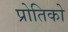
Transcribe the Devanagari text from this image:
प्रोतिको